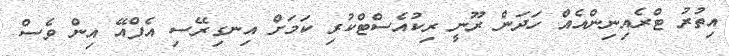
އިތުރު ޓްރެއިނިންއެއް ހަދަން ރޫނީ ރިކުއެސްޓްކުރި ކަމަށް އިނގިރޭސި އެފްއޭ އިން ވެސް